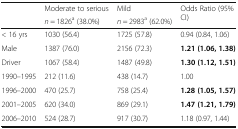
| <ROWSPAN=2>  | Moderate to serious | Mild | <ROWSPAN=2> Odds Ratio (95% CI) |
 | n = 1826a (38.0%) | n = 2983a (62.0%) |
 | --- | --- | --- | --- |
 | < 16 yrs | 1030 (56.4) | 1725 (57.8) | 0.94 (0.84, 1.06) |
 | Male | 1387 (76.0) | 2156 (72.3) | 1.21 (1.06, 1.38) |
 | Driver | 1067 (58.4) | 1487 (49.8) | 1.30 (1.12, 1.51) |
 | 1990–1995 | 212 (11.6) | 438 (14.7) | 1.00 |
 | 1996–2000 | 470 (25.7) | 758 (25.4) | 1.28 (1.05, 1.57) |
 | 2001–2005 | 620 (34.0) | 869 (29.1) | 1.47 (1.21, 1.79) |
 | 2006–2010 | 524 (28.7) | 917 (30.7) | 1.18 (0.97, 1.44) |